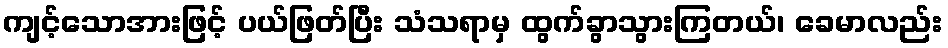
ကျင့်သောအားဖြင့် ပယ်ဖြတ်ပြီး သံသရာမှ ထွက်ခွာသွားကြတယ်၊ ခေမာလည်း